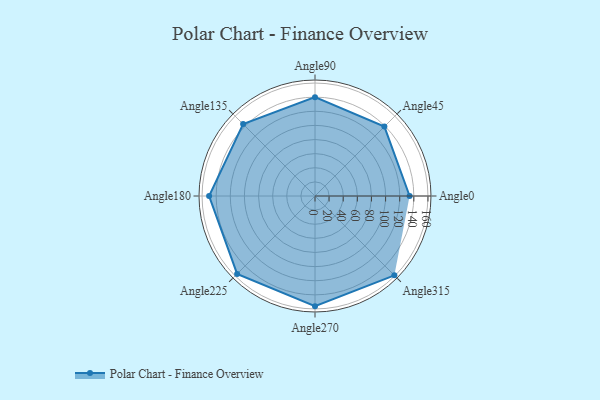
{"axis": {"x": "Angle", "y": "Radius"}, "legend": [""], "data": [{"x": "Angle0", "y": 134.0, "type": ""}, {"x": "Angle45", "y": 139.0, "type": ""}, {"x": "Angle90", "y": 140.0, "type": ""}, {"x": "Angle135", "y": 144.0, "type": ""}, {"x": "Angle180", "y": 150.0, "type": ""}, {"x": "Angle225", "y": 156.0, "type": ""}, {"x": "Angle270", "y": 156.0, "type": ""}, {"x": "Angle315", "y": 159.0, "type": ""}]}